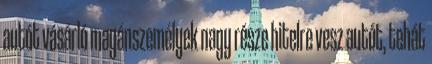
autót vásárló magánszemélyek nagy része hitelre vesz autót, tehát